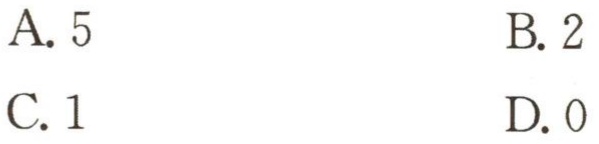
A. 5
B. 2
C. 1
D. 0